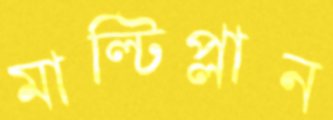
মাল্টিপ্লান